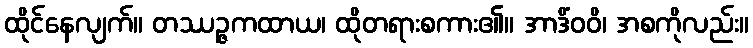
ထိုင်နေလျက်။ တဿဉ္ဇကထာယ၊ ထိုတရားစကား၏။ အာဒိံဝဝိ၊ အစကိုလည်း။